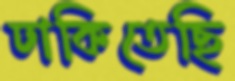
ঢাকিতেছি